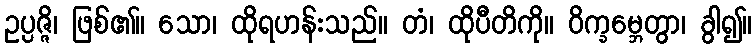
ဥပ္ပဇ္ဇိ၊ ဖြစ်၏။ သော၊ ထိုရဟန်းသည်။ တံ၊ ထိုပီတိကို။ ဝိက္ခမ္ဘေတွာ၊ ခွါ၍။